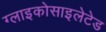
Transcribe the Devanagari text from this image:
ग्लाइकोसाइलेटेड